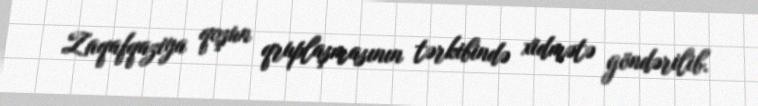
Zaqafqaziya qoşun qruplaşmasının tərkibində xidmətə göndərilib.